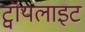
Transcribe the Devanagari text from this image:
ट्वॉयलाइट